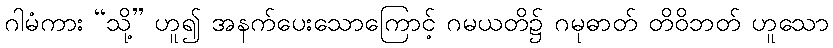
ဂါမံကား “သို့” ဟူ၍ အနက်ပေးသောကြောင့် ဂမယတိ၌ ဂမုဓာတ် တိဝိဘတ် ဟူသော